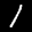
Label: 1